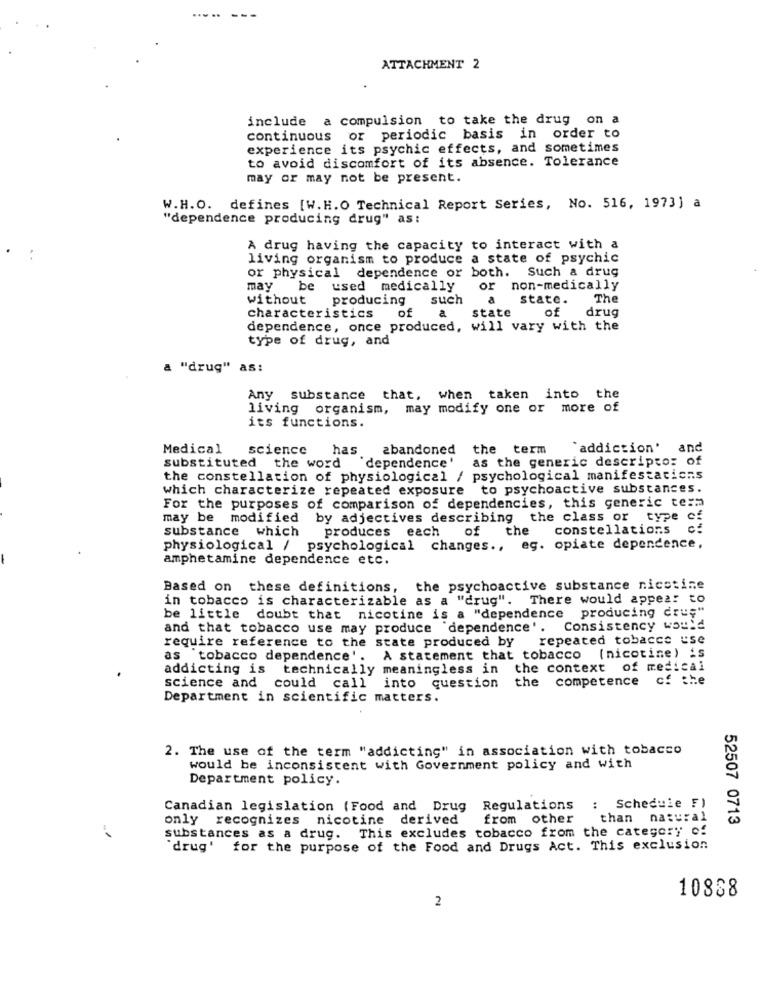
..... ---
ATTACHMENT 2
include a compulsion to take the drug on a
continuous or periodic basis in order to
experience its psychic effects, and sometimes
to avoid discomfort of its absence. Tolerance
may or may not be present.
W.H.O. defines [W.H.O Technical Report Series, No. 516, 1973] a
"dependence producing drug" as:
A drug having the capacity to interact with a
living organism to produce a state of psychic
or physical dependence or both. Such a drug
may
be used medically
non-medically
without producing
such
a
state.
The
state
of
drug
characteristics of
a
dependence, once produced, will vary with the
type of drug, and
"drug" as:
Any substance
that, when taken into the
living organism, may modify one or more of
its functions.
Medical
science
has
abandoned the term
"addiction' and
substituted the word
"dependence'
as the generic descriptor of
the constellation of physiological / psychological manifestations
which characterize repeated exposure to psychoactive substances.
For the purposes of comparison of dependencies, this generic term
may be modified by adjectives describing the class or type cf
substance which
produces each
of the
constellations
physiological / psychological changes ., eg. opiate dependence,
amphetamine dependence etc.
Based on these definitions, the psychoactive substance nicotine
in tobacco is characterizable as a "drug".
There would appear to
be little doubt that nicotine is a "dependence producing dru;"
and that tobacco use may produce dependence'. Consistency would
require reference to the state produced by repeated tobacco use
as tobacco dependence'. A statement that tobacco (nicotine) is
addicting is technically meaningless in the context of medical
the competence of the
science and could call into question
Department in scientific matters.
2. The use of the term "addicting" in association with tobacco
would be inconsistent with Government policy and with
Department policy.
: Schedule F)
Canadian legislation (Food and Drug Regulations
only recognizes nicotine derived
from other
than natural
52507 0713
substances as a drug. This excludes tobacco from the category of
'drug' for the purpose of the Food and Drugs Act. This exclusion
10888
2